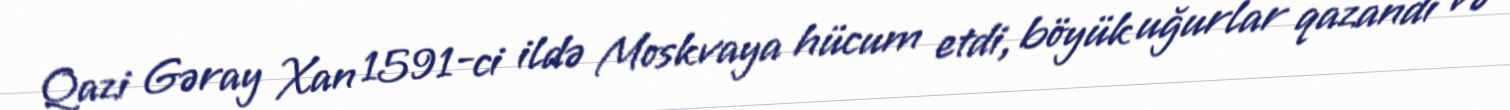
Qazi Gəray Xan 1591-ci ildə Moskvaya hücum etdi, böyük uğurlar qazandı və